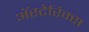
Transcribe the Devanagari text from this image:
अॅस्टेरिक्स